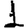
Digit: 1